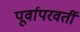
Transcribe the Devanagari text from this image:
पूर्वापरवर्ती